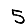
Digit: 5